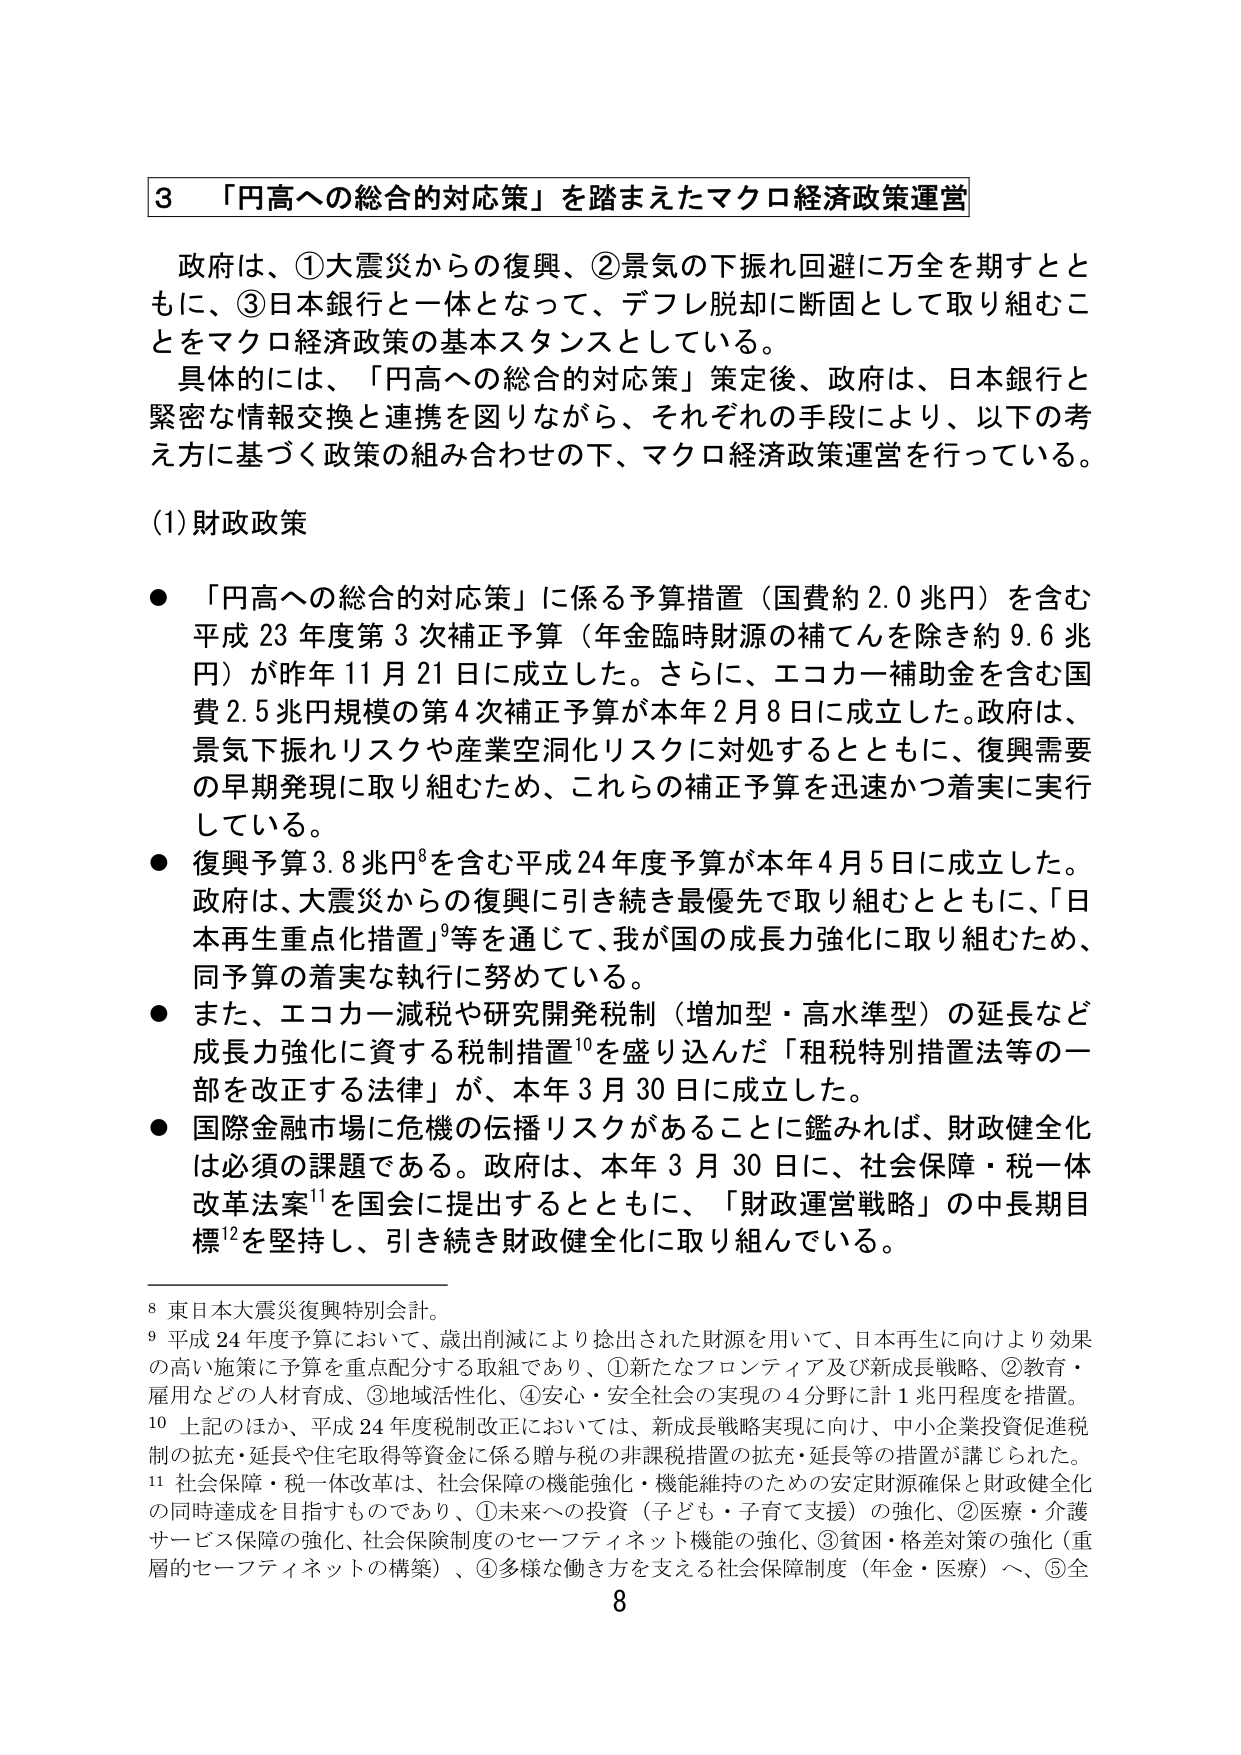
3 「円高への総合的対応策」を踏まえたマクロ経済政策運営

政府は、①大震災からの復興、②景気の下振れ回避に万全を期すとともに、③日本銀行と一体となって、デフレ脱却に断固として取り組むことをマクロ経済政策の基本スタンスとしている。

具体的には、「円高への総合的対応策」策定後、政府は、日本銀行と緊密な情報交換と連携を図りながら、それぞれの手段により、以下の考え方に基づく政策の組み合わせの下、マクロ経済政策運営を行っている。

(1) 財政政策

● 「円高への総合的対応策」に係る予算措置（国費約2.0兆円）を含む平成23年度第3次補正予算（年金臨時財源の補てんを除き約9.6兆円）が昨年11月21日に成立した。さらに、エコカー補助金を含む国費2.5兆円規模の第4次補正予算が本年2月8日に成立した。政府は、景気下振れリスクや産業空洞化リスクに対処するとともに、復興需要の早期発現に取り組むため、これらの補正予算を迅速かつ着実に実行している。

● 復興予算3.8兆円⁸を含む平成24年度予算が本年4月5日に成立した。政府は、大震災からの復興に引き続き最優先で取り組むとともに、「日本再生重点化措置⁹」等を通じて、我が国の成長力強化に取り組むため、同予算の着実な執行に努めている。

● また、エコカー減税や研究開発税制（増加型・高水準型）の延長など成長力強化に資する税制措置¹⁰を盛り込んだ「租税特別措置法等の一部を改正する法律」が、本年3月30日に成立した。

● 国際金融市場に危機の伝播リスクがあることに鑑みれば、財政健全化は必須の課題である。政府は、本年3月30日に、社会保障・税一体改革法案¹¹を国会に提出するとともに、「財政運営戦略」の中長期目標¹²を堅持し、引き続き財政健全化に取り組んでいる。

⁸ 東日本大震災復興特別会計。

⁹ 平成24年度予算において、歳出削減により捻出された財源を用いて、日本再生に向けより効果の高い施策に予算を重点配分する取組であり、①新たなフロンティア及び新成長戦略、②教育・雇用などの人材育成、③地域活性化、④安心・安全社会の実現の4分野に計1兆円程度を措置。

¹⁰ 上記のほか、平成24年度税制改正においては、新成長戦略実現に向け、中小企業投資促進税制の拡充・延長や住宅取得等資金に係る贈与税の非課税措置の拡充・延長等の措置が講じられた。

¹¹ 社会保障・税一体改革は、社会保障の機能強化・機能維持のための安定財源確保と財政健全化の同時達成を目指すものであり、①未来への投資（子ども・子育て支援）の強化、②医療・介護サービス保障の強化、社会保険制度のセーフティネット機能の強化、③貧困・格差対策の強化（重層的セーフティネットの構築）、④多様な働き方を支える社会保障制度（年金・医療）へ、⑤全

8